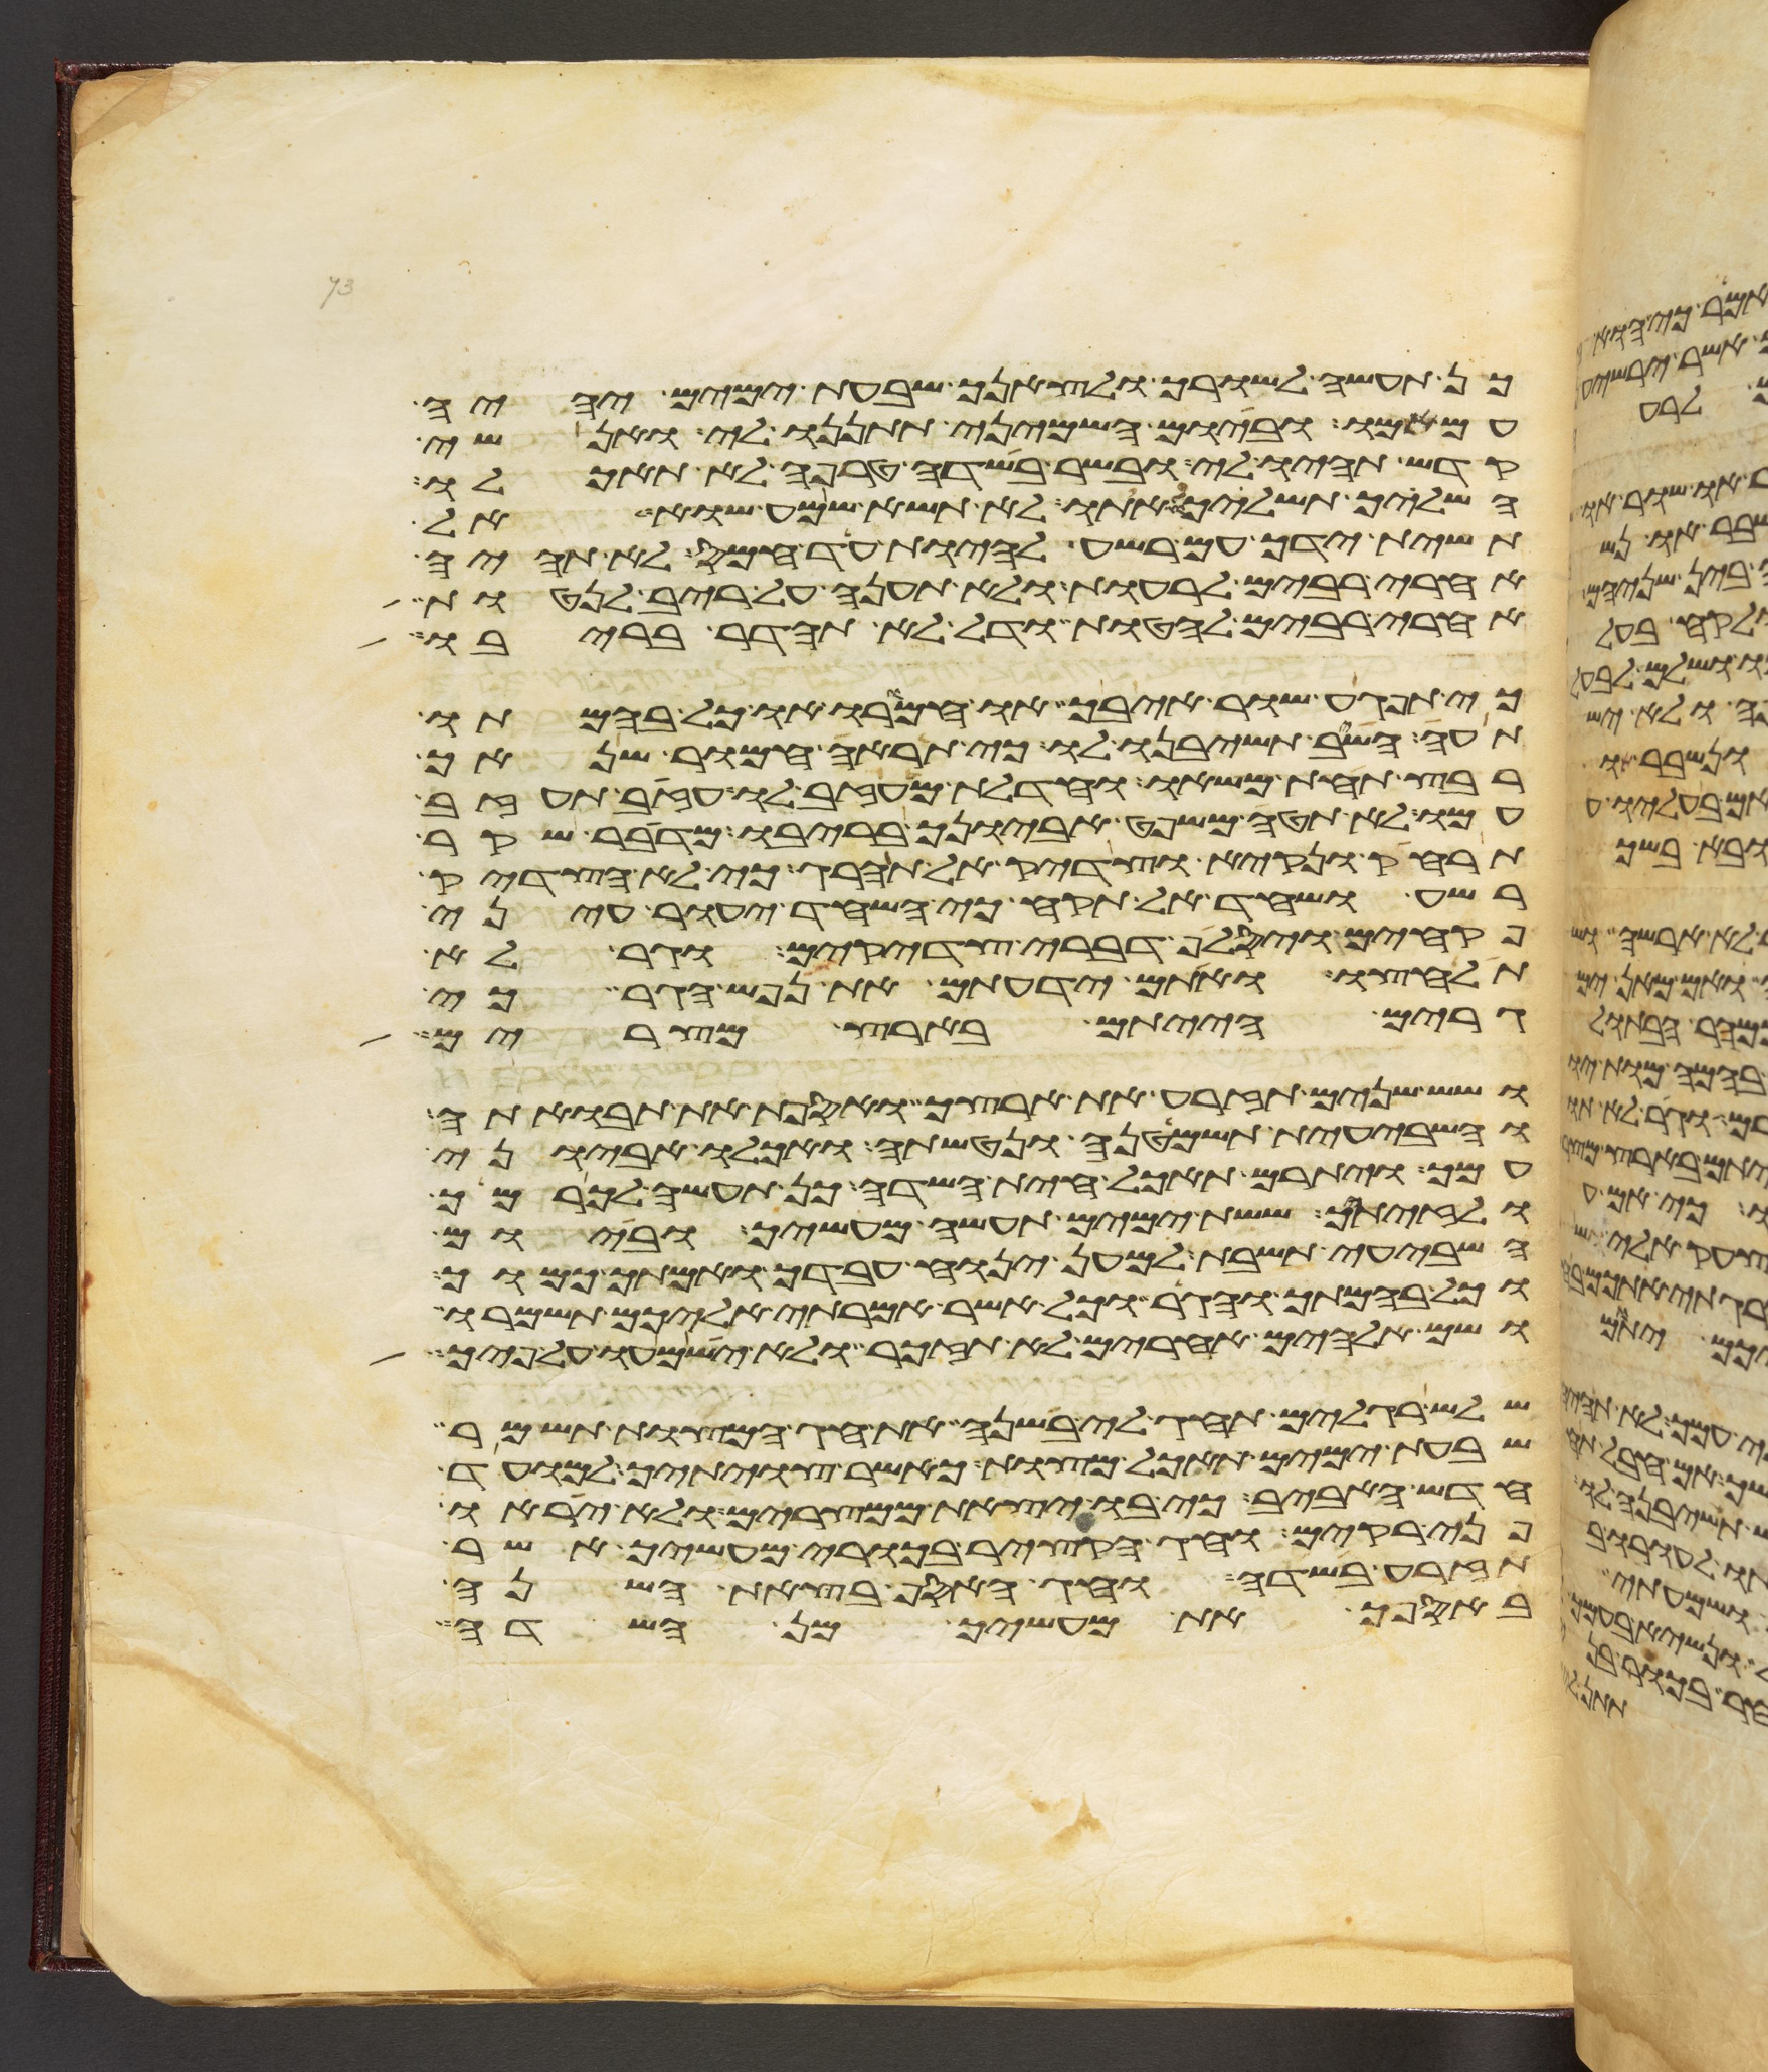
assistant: כן תעשה לשורך ולצאנך שבעת ימים יהיה
עם אמו וביום השמיני תתננו לי ואנשי
קדש תהיו לי ובשר בשדה טרפה לא תאכלו
השליך תשליכו אתו לא תשא שמע שוא אל
תשית ידך עם רשע להיות עד חמס לא תהיה
אחרי רבים לרעות ולא תענה על ריב לנטות
אחרי רבים להטות ודל לא תהדר בריבו
כי תפגע שור איבך או חמורו או כל בהמתו
תעה השב תשיבנו לו כי תראה חמור שנאך
רבץ תחת משאו וחדלת מעזב לו עזב תעזב
עמו לא תטה משפט אביונך בריבו מדבר שקר
תרחק ונקיא וצדיק אל תהרג כי לא הצדיק
רשע ושחד אל תקח כי השחד יעור עיני
פקחים ויסלף דברי צדקים וגר לא
תלחצו ואתם ידעתם את נפש הגר כי
גרים הייתם בארץ מצרים
ושש שנים תזרע את ארצך ואספת את תבואתה
והשביעית תשמטנה ונטשתה ואכלו אביוני
עמך ויתרם תאכל חית השדה כן תעשה לכרמך
ולזיתיך ששת ימים תעשה מעשיך וביום
השביעי תשבת למען ינוח עבדך ואמתך כמוך
וכל בהמתך והגר וכל אשר אמרתי אליכם תשמרו
ושם אלהים אחרים לא תזכר ולא ישמעו על פיך
שלש רגלים תחג לי בשנה את חג המצות תשמר
שבעת ימים תאכל מצות כאשר צויתיך למועד
חדש האביב כי בו יצאת ממצרים ולא יראו
פני רקים וחג הקציר בכורי מעשיך אשר
תזרע בשדה וחג האסף בצאת השנה
באספך את מעשיך מן השדה